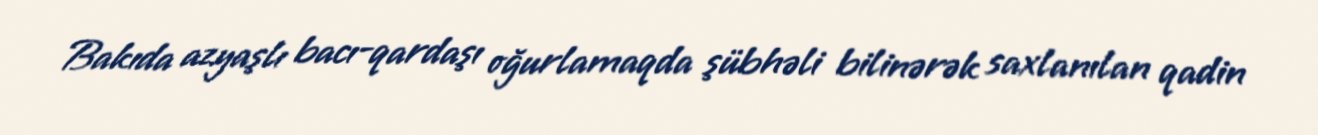
Bakıda azyaşlı bacı-qardaşı oğurlamaqda şübhəli bilinərək saxlanılan qadin